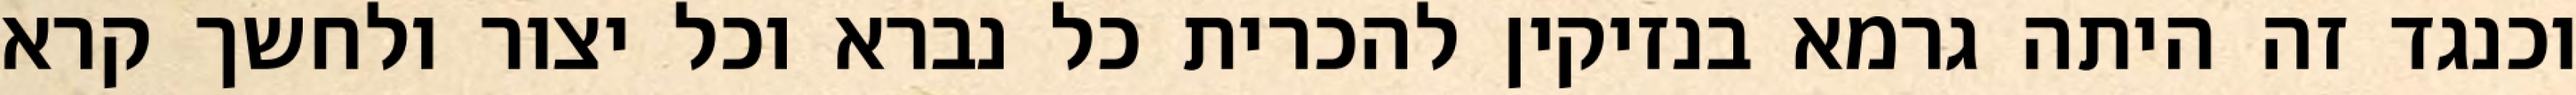
וכנגד זה היתה גרמא בנזיקין להכרית כל נברא וכל יצור ולחשך קרא